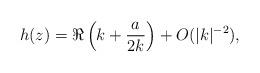
LaTeX: \begin{align*}h(z)=\Re\left(k+\frac{a}{2k}\right)+O(\lvert k\rvert^{-2}),\end{align*}